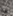
يا